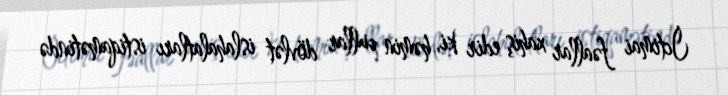
İctimai fəallar xahiş edir ki, həmin pullar dövlət islahalatları istiqamətində